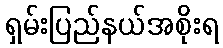
ရှမ်းပြည်နယ်အစိုးရ